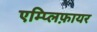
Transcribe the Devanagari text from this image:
एम्प्लिफ़ायर